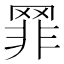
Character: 𦋛